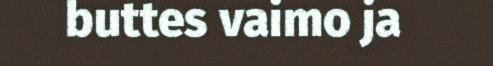
buttes vaimo ja